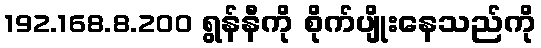
192.168.8.200 ရွန်နီကို စိုက်ပျိုးနေသည်ကို